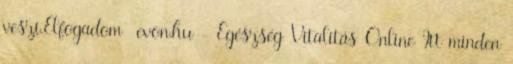
veszi.Elfogadom evon.hu - Egészség Vitalitás Online Itt minden